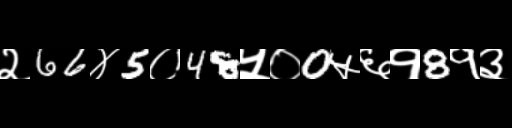
Text: २66४5०48५०0५६१8१३